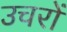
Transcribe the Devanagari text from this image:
उचरों